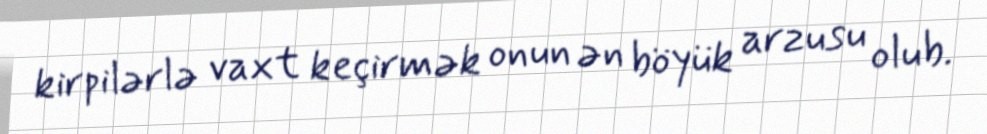
kirpilərlə vaxt keçirmək onun ən böyük arzusu olub.